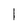
Character: I